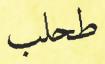
طحلب